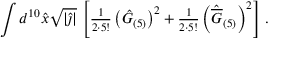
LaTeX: \int d ^ { 1 0 } \hat { x } \sqrt { | \hat { \jmath } | } \, \left[ { \textstyle \frac { 1 } { 2 \cdot 5 ! } } \left( \hat { G } _ { ( 5 ) } \right) ^ { 2 } + { \textstyle \frac { 1 } { 2 \cdot 5 ! } } \left( \hat { \overline { { { G } } } } _ { ( 5 ) } \right) ^ { 2 } \right] \, .